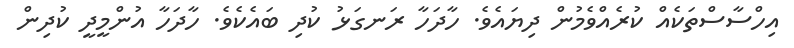
އިހްސާސްތަކެއް ކުރެއްވެމުން ދިޔައެވެ. ހާދަހާ ރަނގަޅު ކުދި ބައެކެވެ. ހާދަހާ އުންމީދީ ކުދިން